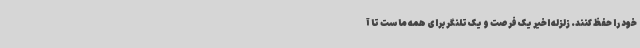
خود را حفظ کنند. زلزله اخیر یک فرصت و یک تلنگر برای همه ماست تا آ